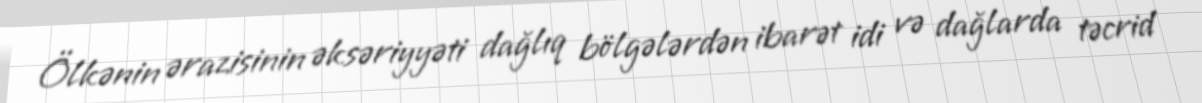
Ölkənin ərazisinin əksəriyyəti dağlıq bölgələrdən ibarət idi və dağlarda təcrid